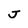
Character: J